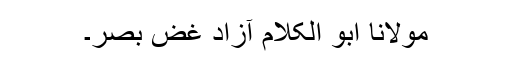
مولانا ابو الکلام آزاد غضِ بصر۔